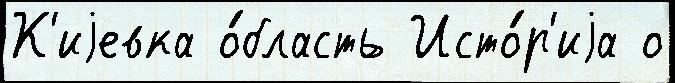
К'иjевка о́бласть Исто́р'иjа о